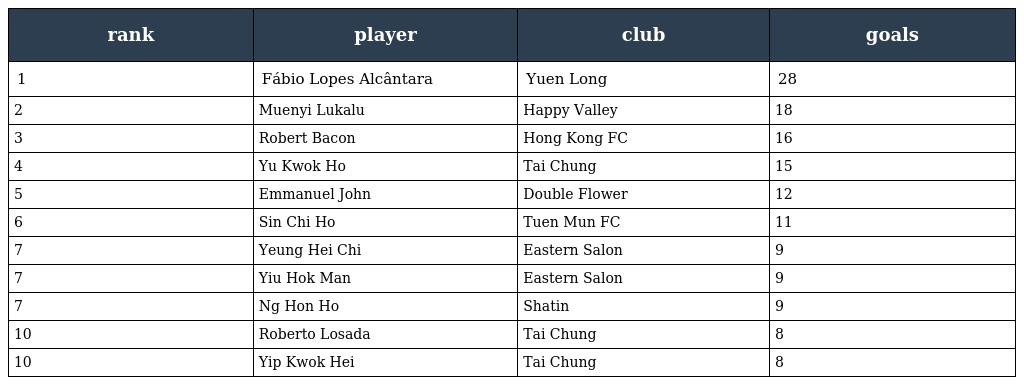
| rank | player | club | goals |
 | --- | --- | --- | --- |
 | 1 | Fábio Lopes Alcântara | Yuen Long | 28 |
 | 2 | Muenyi Lukalu | Happy Valley | 18 |
 | 3 | Robert Bacon | Hong Kong FC | 16 |
 | 4 | Yu Kwok Ho | Tai Chung | 15 |
 | 5 | Emmanuel John | Double Flower | 12 |
 | 6 | Sin Chi Ho | Tuen Mun FC | 11 |
 | 7 | Yeung Hei Chi | Eastern Salon | 9 |
 | 7 | Yiu Hok Man | Eastern Salon | 9 |
 | 7 | Ng Hon Ho | Shatin | 9 |
 | 10 | Roberto Losada | Tai Chung | 8 |
 | 10 | Yip Kwok Hei | Tai Chung | 8 |